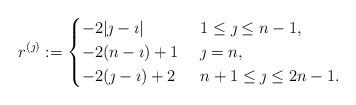
LaTeX: \begin{align*}r^{(\jmath)}:=\begin{cases}-2|\jmath-\imath|&\ 1\leq \jmath\leq n-1,\\-2(n-\imath)+1&\ \jmath=n,\\-2(\jmath-\imath)+2&\ n+1\leq \jmath\leq 2n-1.\\\end{cases}\end{align*}